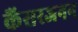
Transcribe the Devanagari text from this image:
कैंसरजनन